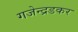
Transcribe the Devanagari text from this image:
गजेन्द्रडकर